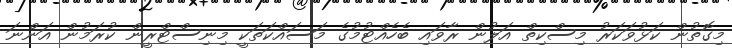
މިގޮތުން ކަޅުވަކަރު މިސްކިތް އަލުން ރާވައި ބެހެއްޓުމުގެ މަސައްކަތަކީ މިނިސްޓްރީން ކުރަމުން އަންނަ